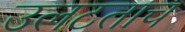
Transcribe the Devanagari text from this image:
उलटताच